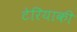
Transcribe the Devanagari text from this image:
टेरियाकी